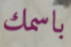
باسمك